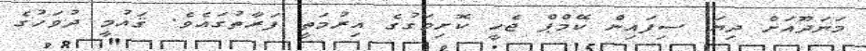
މަނަދޫއަށް ދިޔަ ސިފައިން ކޭމްޕް ޖެހީ ކޮށިމަގުގެ އިރުމަތީ ފަރާތުގައެވެ. ޤައުމީ ދުވަހުގެ